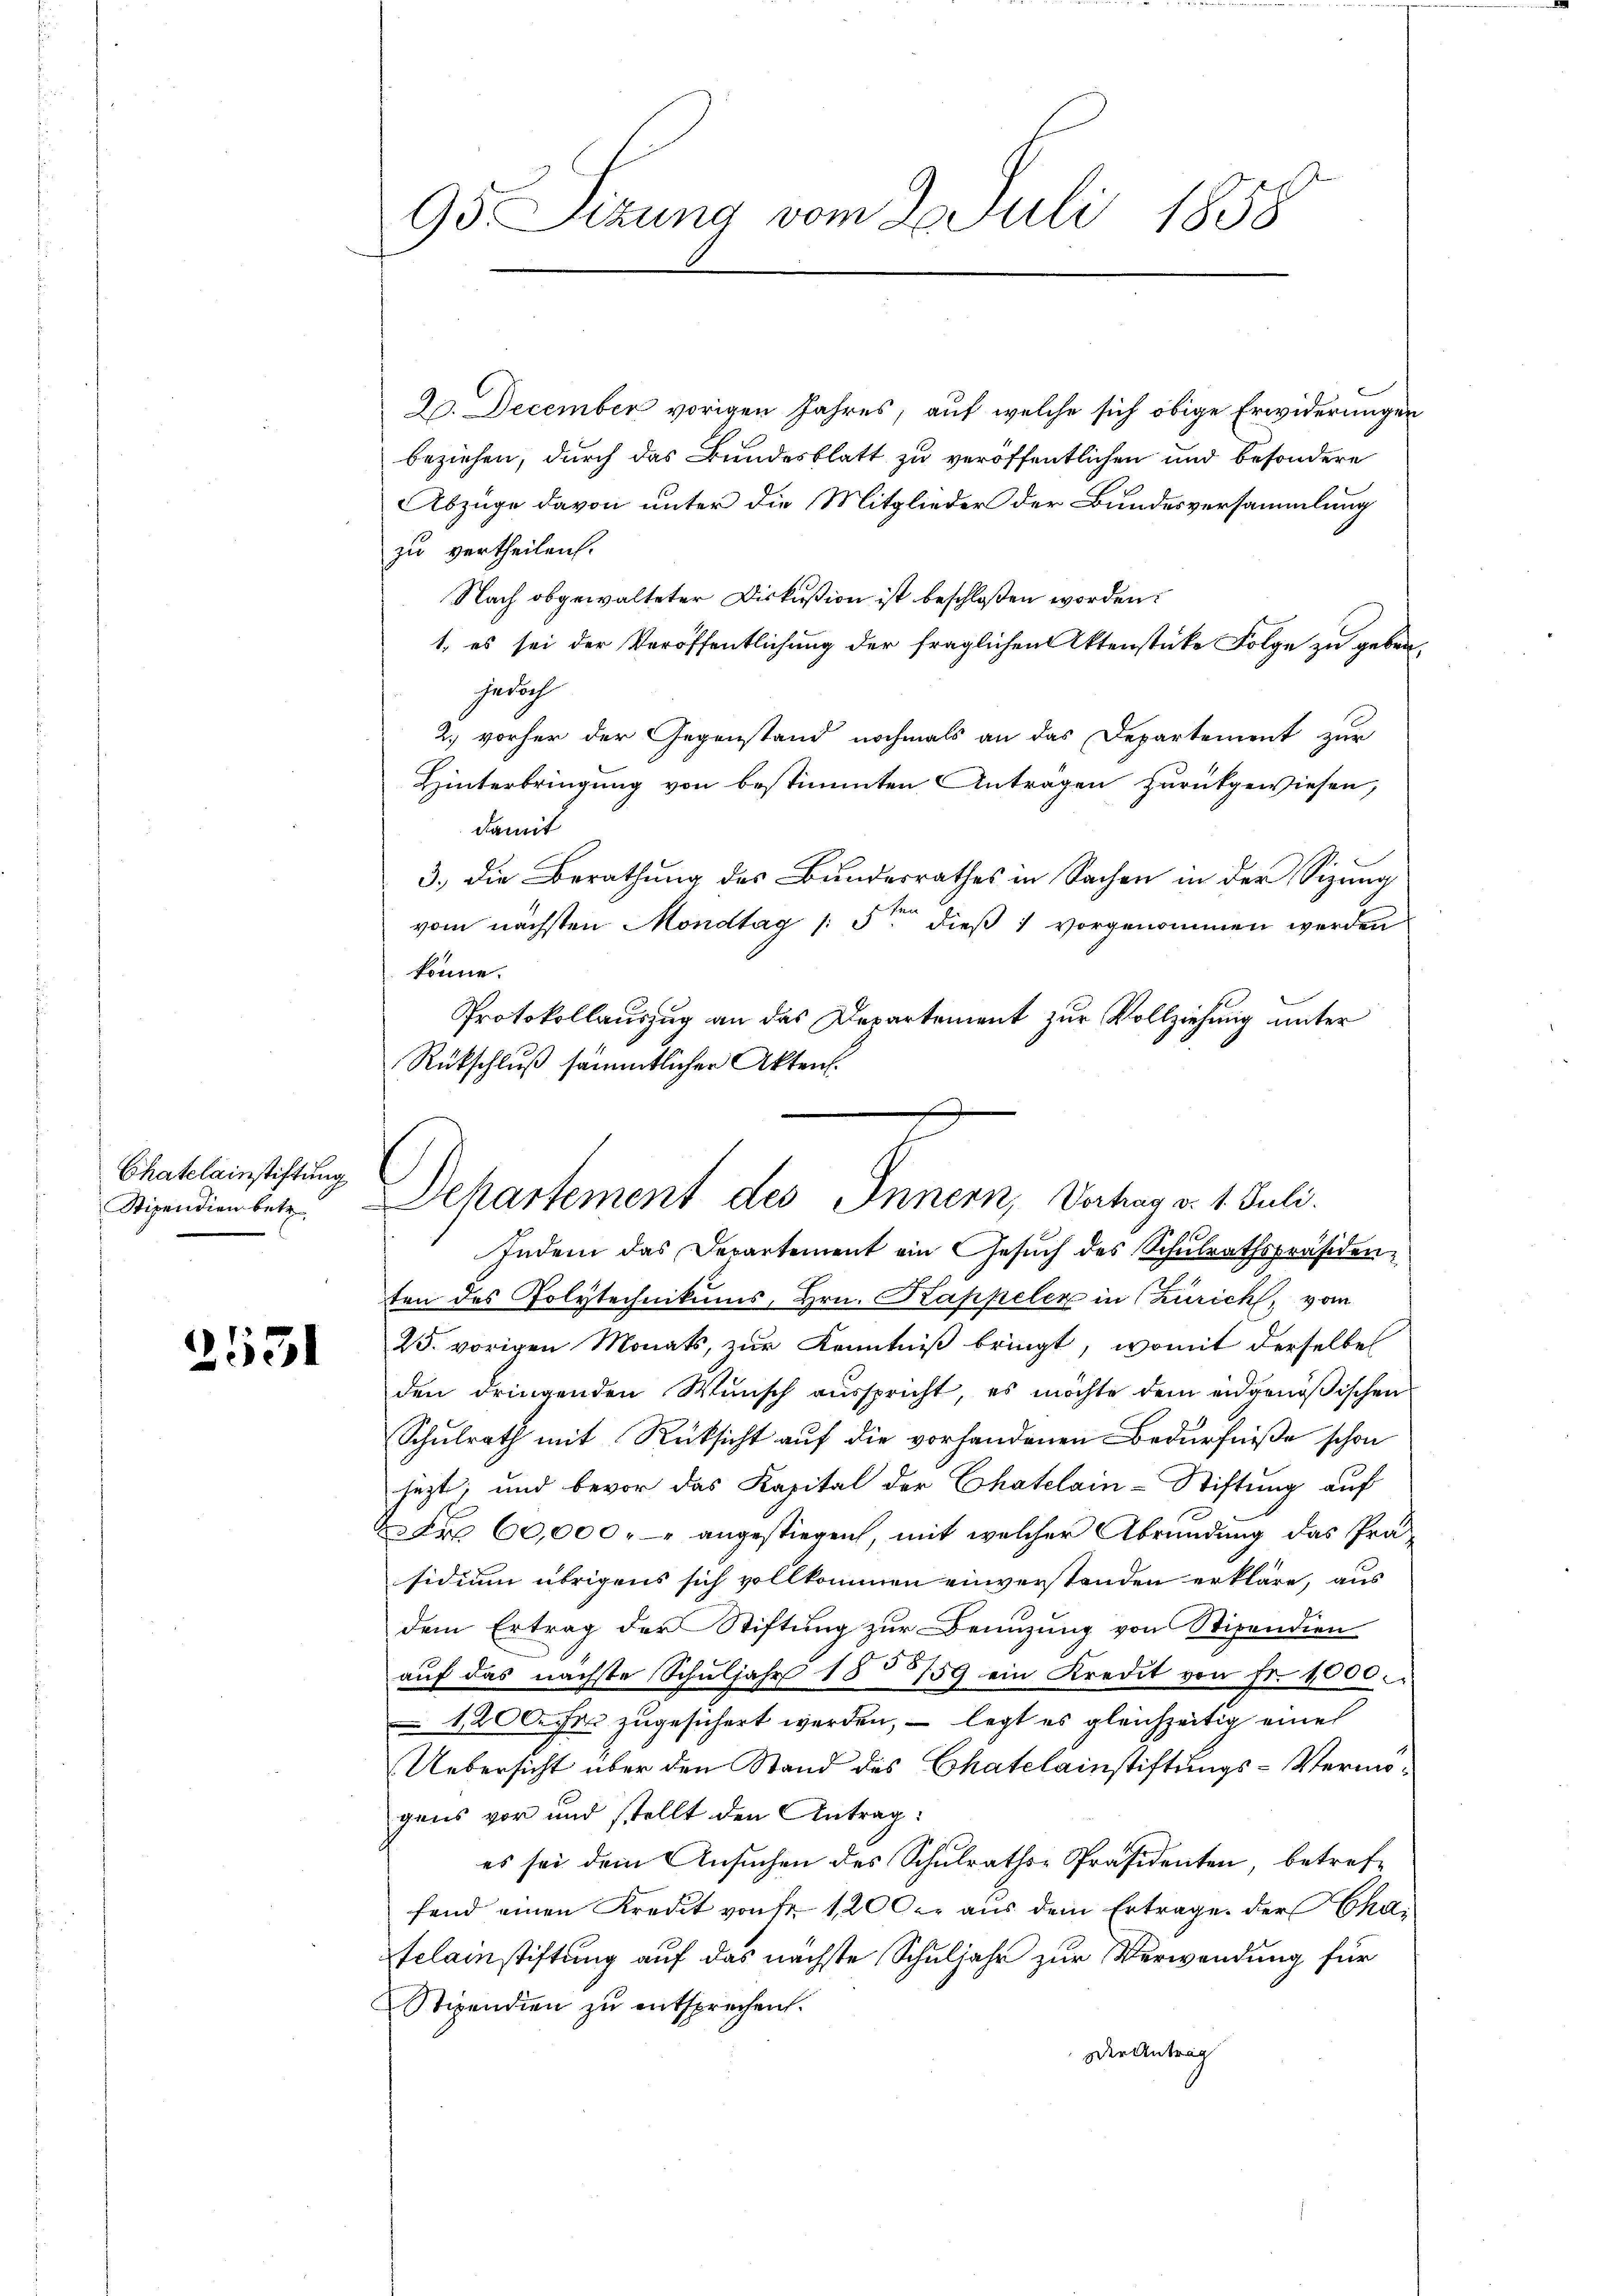
Chatelainstiftung

2531

95. Seizung vom 2. Juli 1858

Stipendienbete Departement des Innern, Vorhag v. 1. Juli.

Do. December vorigen Jahres, auf welche sich obige Erwiderungen
beziehen, durch das Bundesblatt zu veröffentlichen und besondere
Abzüge davon unter die Mitglieder der Bundesversammlung
zu vertheilen.
Nach obgewalteter Diskußion ist beschloßen worden:
1, es sei der Veröffentlichung der fraglichen Aktenstücke Folge zu geben.
jedoch
2) vorher der Gegenstand nochmals an das Departement zur
Hinterbringung von bestimmten Anträgen zurükgewiesen,
damit
3.) Die Berathung des Bundesrathes in Sachen in der Sizung
vom nächsten Mondtag / 5ten dieß 1 vorgenommen werden
könne.
Protokollauszug an das Departement zur Vollziehung unter
Rückschluß sämmtlicher Akten.
Indem das Departement ein Gesuch des Schulrathspräsidenten des Polytechnikums, Hrn. Kappeler in Zürich, vom
25. vorigen Monats, zur Kenntniß bringt, womit derselbe
den dringenden Wunsch ausspricht, es möchte dem eidgenößischen
Schulrath mit Rücksicht auf die vorhandenen Bedürfniße schon
jezt, und bevor das Kapital der Chatelain-Stiftung auf
2 Fr. 60,000.- angestiegen, mit welcher Abrundung das Prosidium übrigens sich vollkommen einverstanden erkläre, aus
dem Ertrag der Stiftung zur Benuzung von Stipendien
aŭf das nächste Schŭljahr 182759 ein Kredit von fr. 1000.
1200 fr zugesichert werden, – legt es gleichzeitig eine
Uebersicht über den Stand des Chatelainstiftungs-Vermögens vor und stellt den Antrag:
es sei dem Ansuchen des Schulraths-Präsidenten, betreffend einen Kredit von Fr. 120 der aus dem Ertrage der Cha¬
Eclainstiftung auf das nächste Schuljahr zur Verwendung für
Stipendien zu entsprechen.
Der Antrag